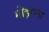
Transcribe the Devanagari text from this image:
भोइगना